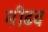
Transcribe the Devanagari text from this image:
मीढव